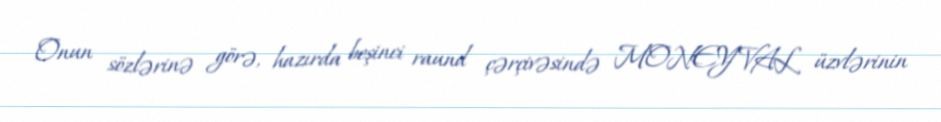
Onun sözlərinə görə, hazırda beşinci raund çərçivəsində MONEYVAL üzvlərinin